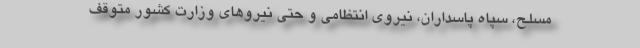
مسلح، سپاه پاسداران، نیروی انتظامی و حتی نیروهای وزارت کشور متوقف